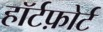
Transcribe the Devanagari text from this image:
हॉर्टफ़ोर्ट